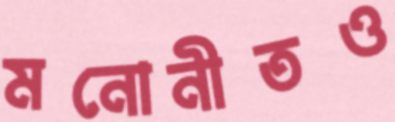
মনোনীতও